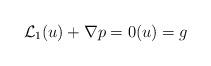
LaTeX: \begin{align*} \mathcal{L}_1 (u) +\nabla p =0 (u) =g\end{align*}